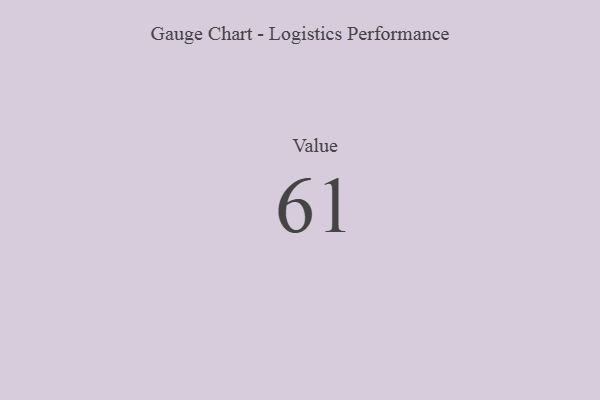
{"axis": {"x": "Metric", "y": "Value"}, "legend": [""], "data": [{"x": "Value", "y": 61, "type": ""}]}